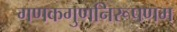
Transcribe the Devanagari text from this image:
गणकगुणनिरूपणम्